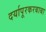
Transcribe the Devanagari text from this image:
दर्यापूरकरबाबा